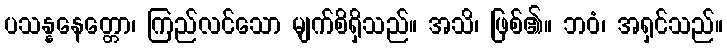
ပသန္နနေတ္တော၊ ကြည်လင်သော မျက်စိရှိသည်။ အသိ၊ ဖြစ်၏။ ဘဝံ၊ အရှင်သည်။